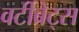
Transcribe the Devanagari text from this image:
वर्टीब्रेट्स